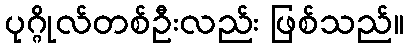
ပုဂ္ဂိုလ်တစ်ဦးလည်း ဖြစ်သည်။